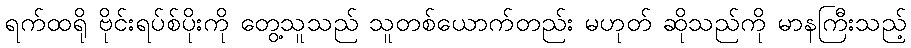
ရက်ထရို ဗိုင်းရပ်စ်ပိုးကို တွေ့သူသည် သူတစ်ယောက်တည်း မဟုတ် ဆိုသည်ကို မာနကြီးသည့်